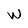
Character: W